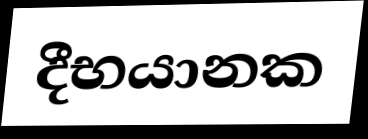
දීභයානක